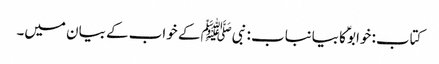
کتاب: خوابوؑ کا بیانباب : نبیﷺ کے خواب کے بیان میں۔